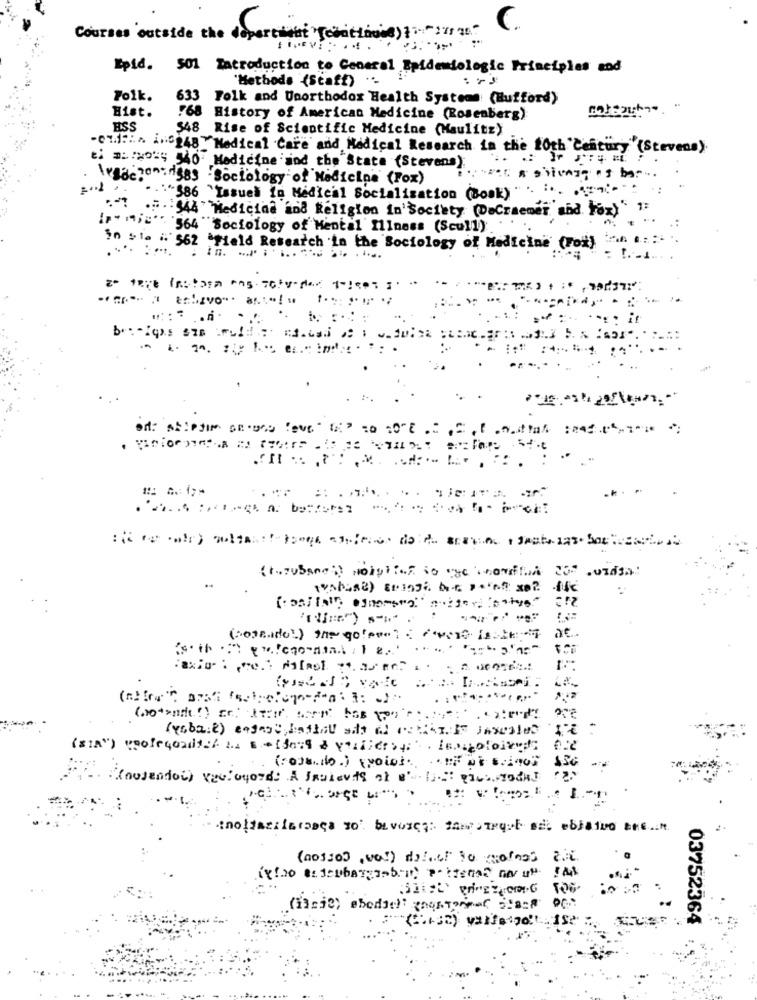
C.
Courses outside the dovertiout "Tomatlined) }: "211 11."
Epid. sol Introduction to General Epidemiologic Principles and
'Methods (Staff) .-
Folk.
633
Folk and Unorthodox Health Systems (Hufford)
.68
Hist.
History of American Medicine (Rosenberg)
HSS
548 Rise of Scientific Medicine (Maulitz)
.0%.1: A 2:048 Medical Care and Medical Research in the 10th Century (Stevens)
t: D: : WOW; 540 Medicine and the State (Stevens):
Ivacion: 1385 Sociology of Medicine (Fox)
.:* 586 "Issues in Medical Socialization (Book)" . .. AT
... . : 544" Medicina and Religion in'Society (DeCraemer and Fax)"
1 :
564 "Sociology of Mental Illness (Scull)'
in >la i 562 ªField Research in the Sociology of Medicine (Foi)
....
.. ..
it
: " TIL . :
(yabaie) engast hathal ada al co
(SIA") usolecondiz/ L. s . [dot & villiers4 ;. LENolove
. : (nosendoi) veelogord: A jealevite at
03752364